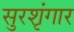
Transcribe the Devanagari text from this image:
सुरशृंगार